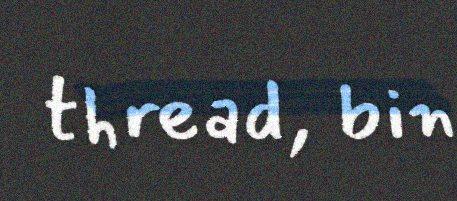
thread, bin